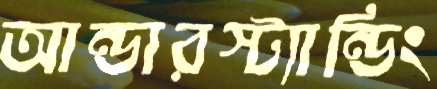
আন্ডারস্ট্যান্ডিং